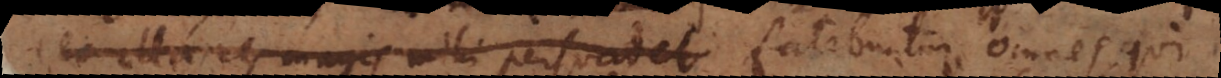
nec ulla res magis mihi persuadet fatebuntur omnes, qui